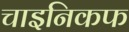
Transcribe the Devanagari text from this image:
चाइनिकफ